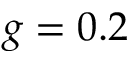
g = 0 . 2